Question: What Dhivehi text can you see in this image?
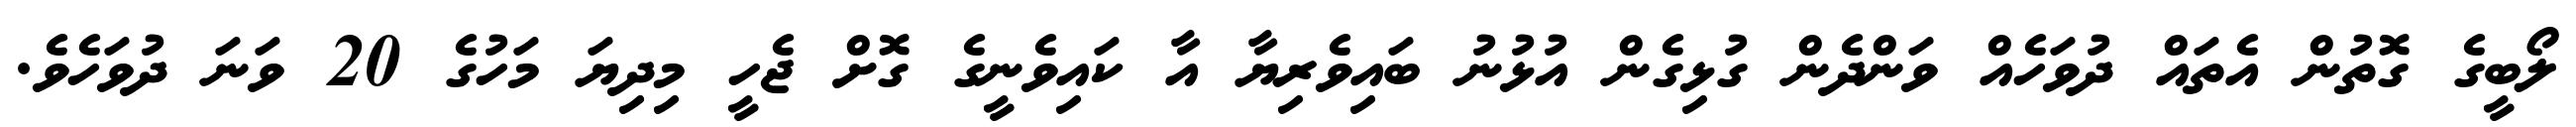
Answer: ލޯބީގެ ގޮތުން އެތައް ދުވަހެއް ވަންދެން ގުޅިގެން އުޅުނު ބައިވެރިޔާ އާ ކައިވެނީގެ ގޮށް ޖެހީ މިދިޔަ މަހުގެ 20 ވަނަ ދުވަހެވެ.